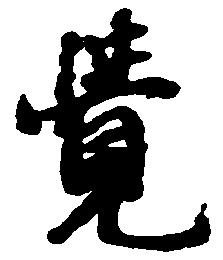
覚